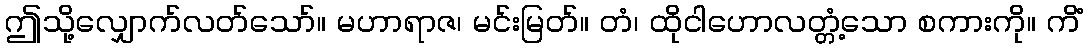
ဤသို့လျှောက်လတ်သော်။ မဟာရာဇ၊ မင်းမြတ်။ တံ၊ ထိုငါဟောလတ္တံ့သော စကားကို။ ကိံ